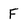
Character: F